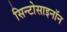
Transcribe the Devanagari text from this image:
सिन्टोसाइनॉन